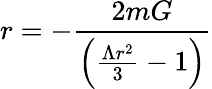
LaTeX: r=-\frac{2mG}{\left(\frac{\Lambda r^{2}}{3}-1\right)}